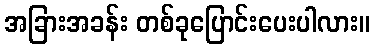
အခြားအခန်း တစ်ခုပြောင်းပေးပါလား။